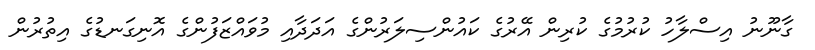
ގާނޫނު އިސްލާހު ކުރުމުގެ ކުރިން އޭރުގެ ކައުންސިލަރުންގެ އަދަދާއި މުވައްޒަފުންގެ އޮނިގަނޑުގެ އިތުރުން